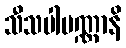
သီသပါပဏ္ဏာနိ